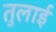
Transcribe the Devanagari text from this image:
तुलाई